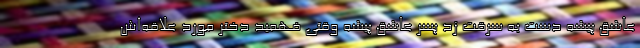
عاشق پیشه دست به سرقت زد پسر عاشق پیشه وقتی فهمید دختر مورد علاقه‌اش